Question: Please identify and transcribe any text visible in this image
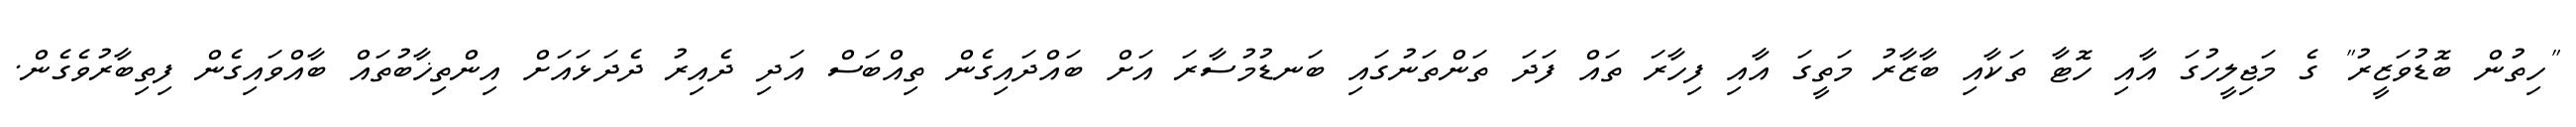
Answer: "ހިތުން ބޮޑުވަޒީރު" ގެ މަޖިލީހުގަ އާއި ހޮޓާ ތަކާއި ބާޒާރު މަތީގަ އާއި ފިހާރަ ތައް ފަދަ ތަންތަނުގައި ބަނޑުމުސާރަ އަށް ބައްދައިގެން ތިއްބަސް އަދި ދެއިރު ދެދަޅައަށް އިންތިޚާބުތައް ބާއްވައިގެން ފިތިބާރުވެގެން.